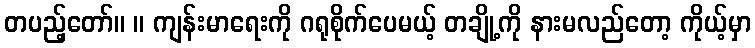
တပည့်တော်။ ။ ကျန်းမာရေးကို ဂရုစိုက်ပေမယ့် တချို့ကို နားမလည်တော့ ကိုယ့်မှာ